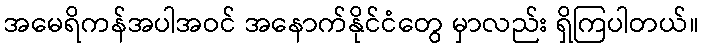
အမေရိကန်အပါအဝင် အနောက်နိုင်ငံတွေ မှာလည်း ရှိကြပါတယ်။